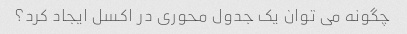
چگونه می توان یک جدول محوری در اکسل ایجاد کرد؟